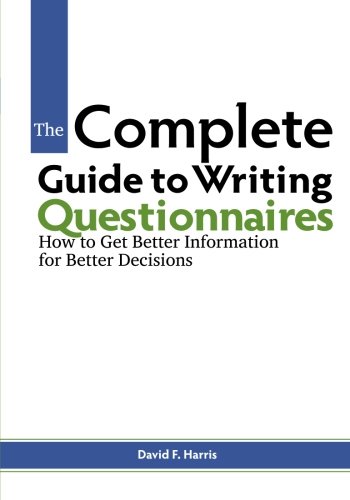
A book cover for The Complete Guide to Writing Questionnaires: How to Get Better Information for Better Decisions; David F. Harris; Medical Books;